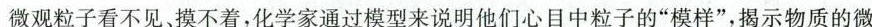
微观粒子看不见、摸不着，化学家通过模型来说明他们心目中粒子的”模样”，揭示物质的微观结构特点，解释微